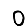
Digit: 0